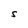
Character: S